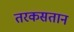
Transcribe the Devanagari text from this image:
तरकसतान